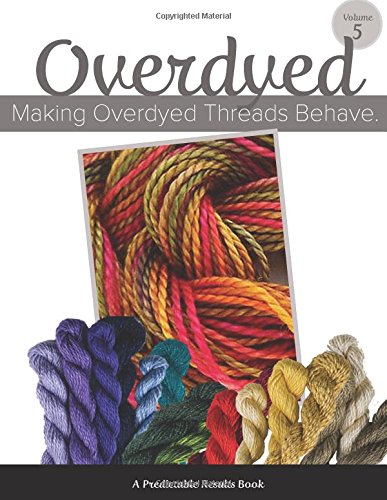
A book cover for Making Overdyed Threads Behave (Predictable Results in Needlepoint) (Volume 5); Janet M Perry; Crafts, Hobbies & Home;